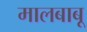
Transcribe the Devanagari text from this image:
मालबाबू